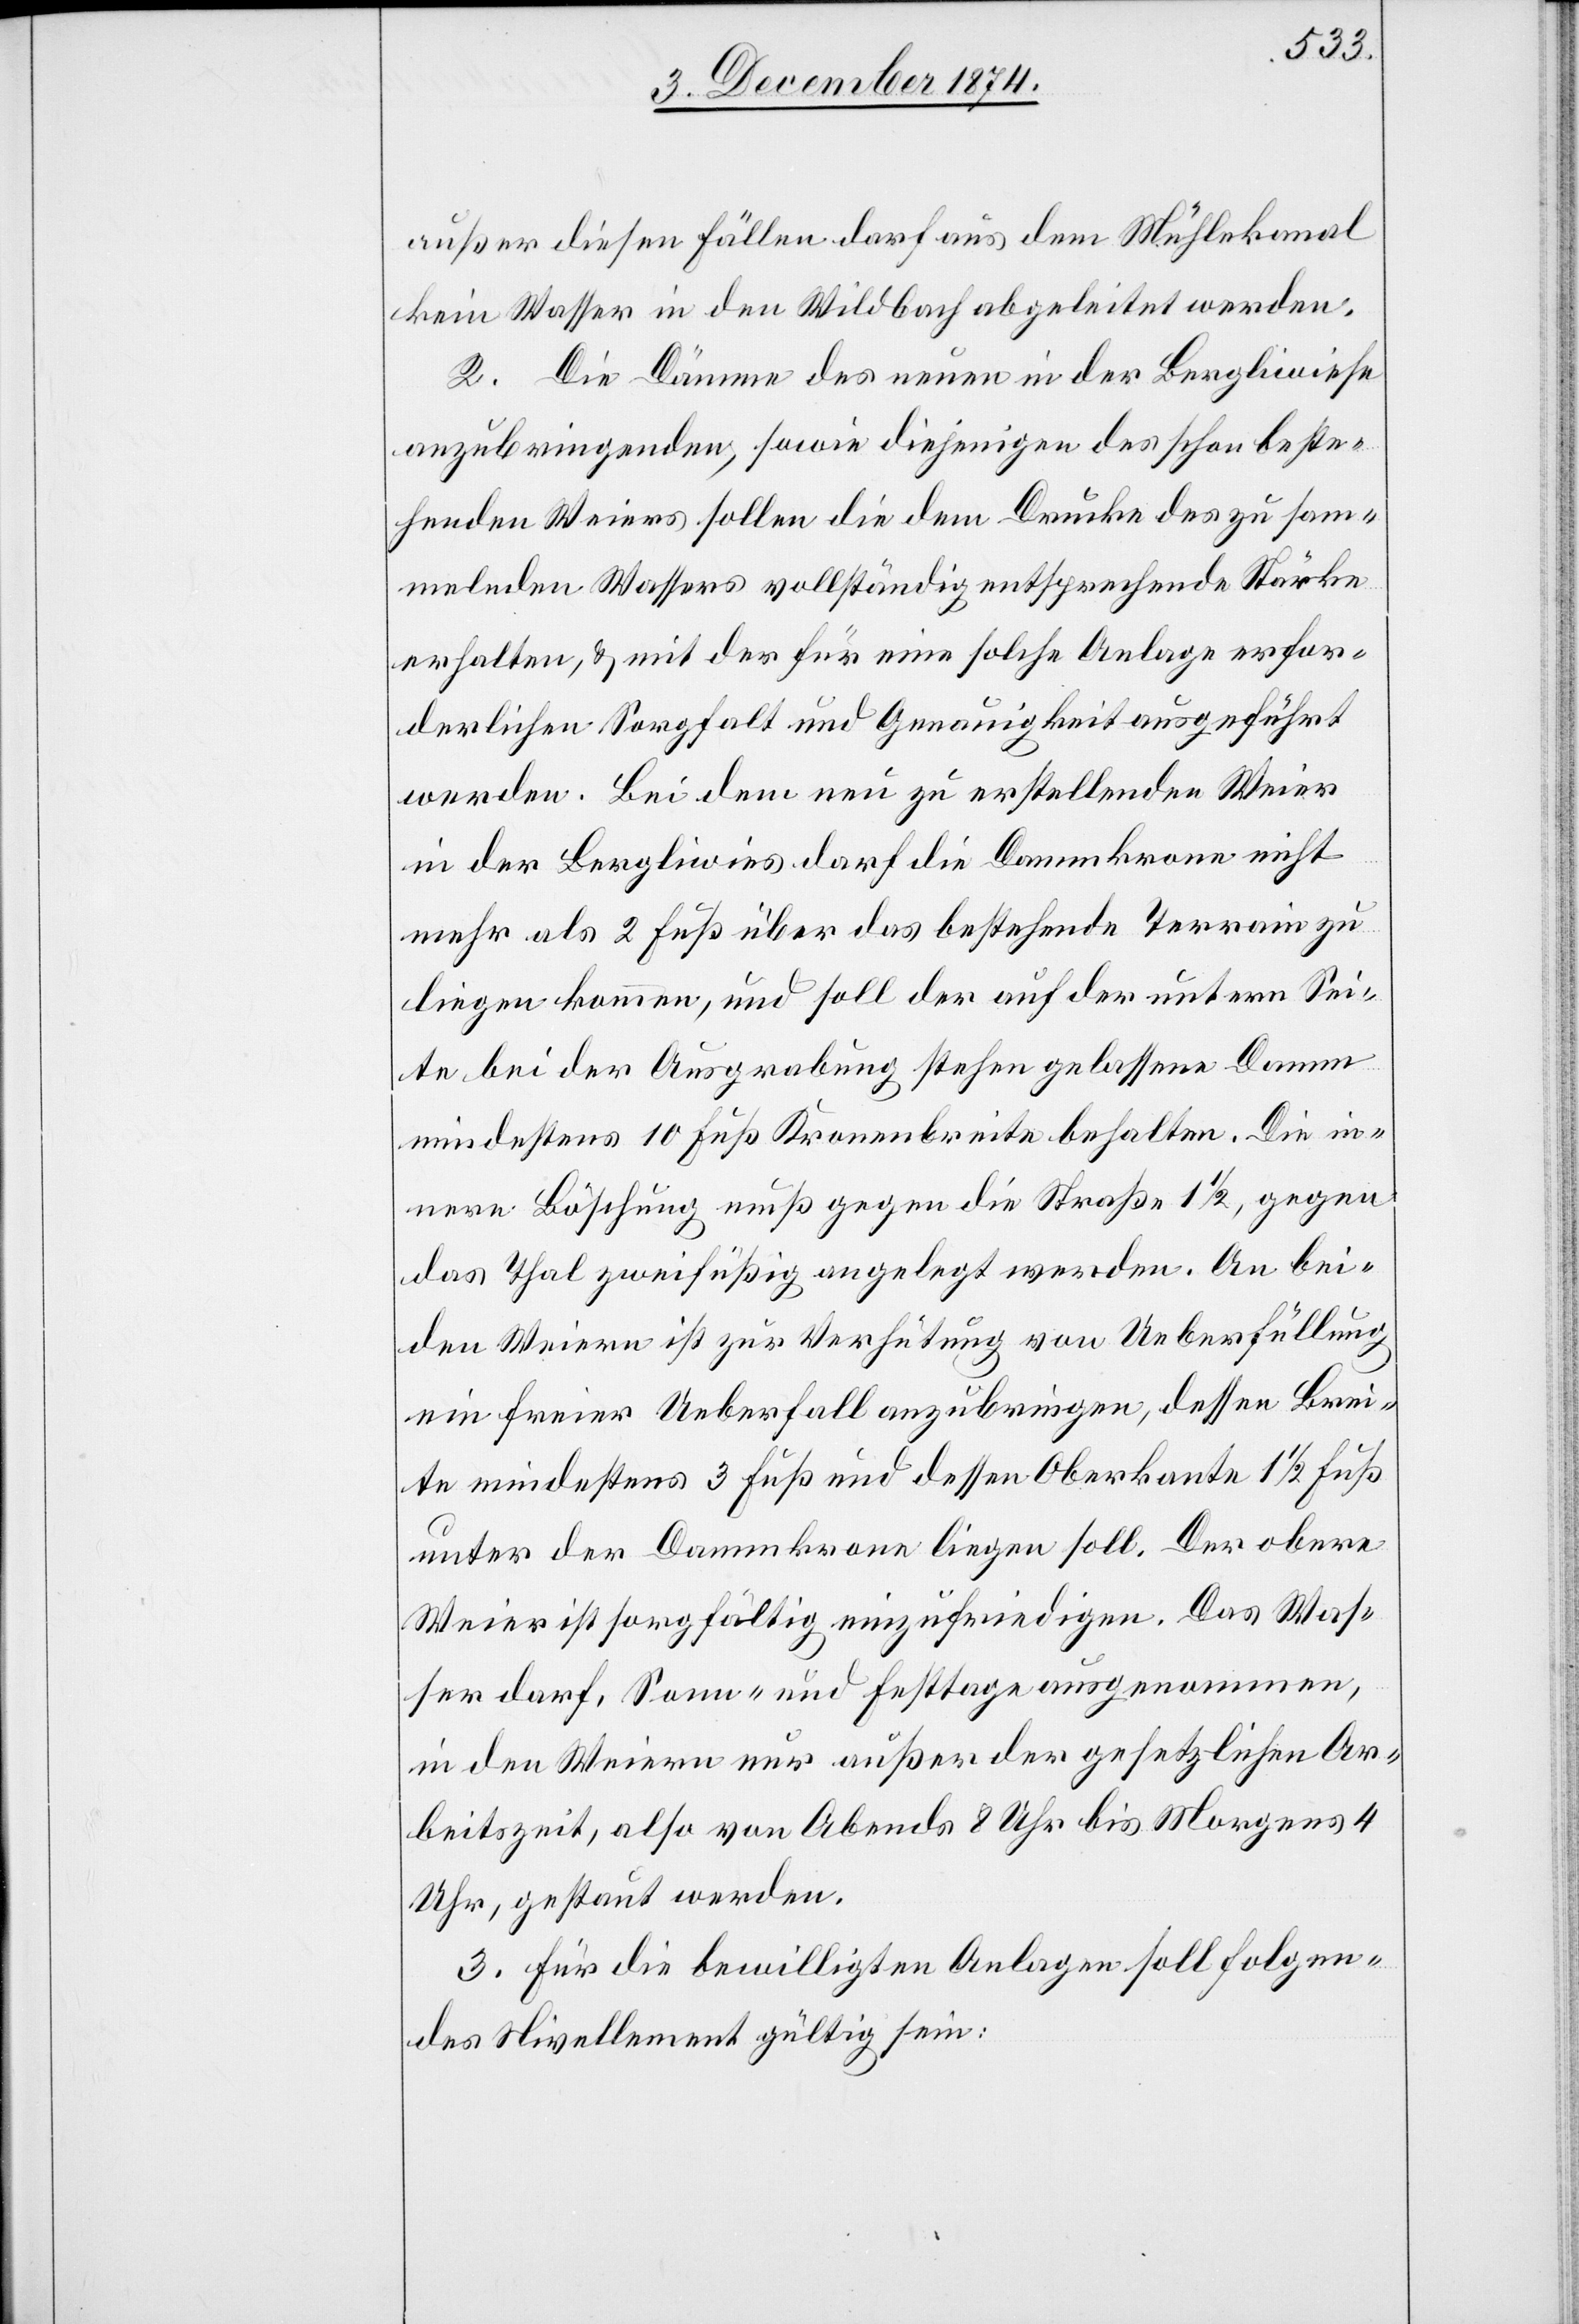
außer diesen Fällen darf aus dem Mühlekanal
kein Wasser in den Wildbach abgeleitet werden.
2. Die Dämme des neuen in der Bergliwiese
anzubringenden, sowie diejenigen des schon beste¬
henden Weiers sollen die dem Drucke des zu sam¬
melnden Wassers vollständig entsprechende Stärke
erhalten, & mit der für eine solche Anlage erfor¬
derlichen Sorgfalt und Genauigkeit ausgeführt
werden. Bei dem neu zu erstellenden Weier
in der Bergliwies darf die Dammkrone nicht
mehr als 2 Fuß über das bestehende Terrain zu
liegen kommen, und soll der auf der untern Sei¬
te bei der Ausgrabung stehen gelassene Damm
mindestens 10 Fuß Kronenbreite behalten. Die in¬
nere Böschung muß gegen die Straße 1 1/2, gegen
das Thal zweifüßig angelegt werden. An bei¬
den Weiern ist zur Verhütung von Ueberfüllung
ein freier Ueberfall anzubringen, dessen Brei¬
te mindestens 3 Fuß und dessen Oberkante 1 1/2 Fuß
unter der Dammkrone liegen soll. Der obere
Weier ist sorgfältig einzufriedigen. Das Was¬
ser darf, Sonn- und Festtage ausgenommen,
in den Weiern nur außer der gesetzlichen Ar¬
beitszeit, also von Abends 8 Uhr bis Morgens 4
Uhr, gestaut werden.
3. Für die bewilligten Anlagen soll folgen¬
des Nivellement gültig sein: